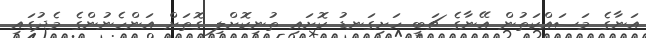
އަނާގެ މަސައްކަތުން އޭނާގެ ޗަބީ ހަށިގަނޑު ކޮށައި ތުނިކޮށްލި ގޮތަށް އަންހެނުންގެ މެދުގައި